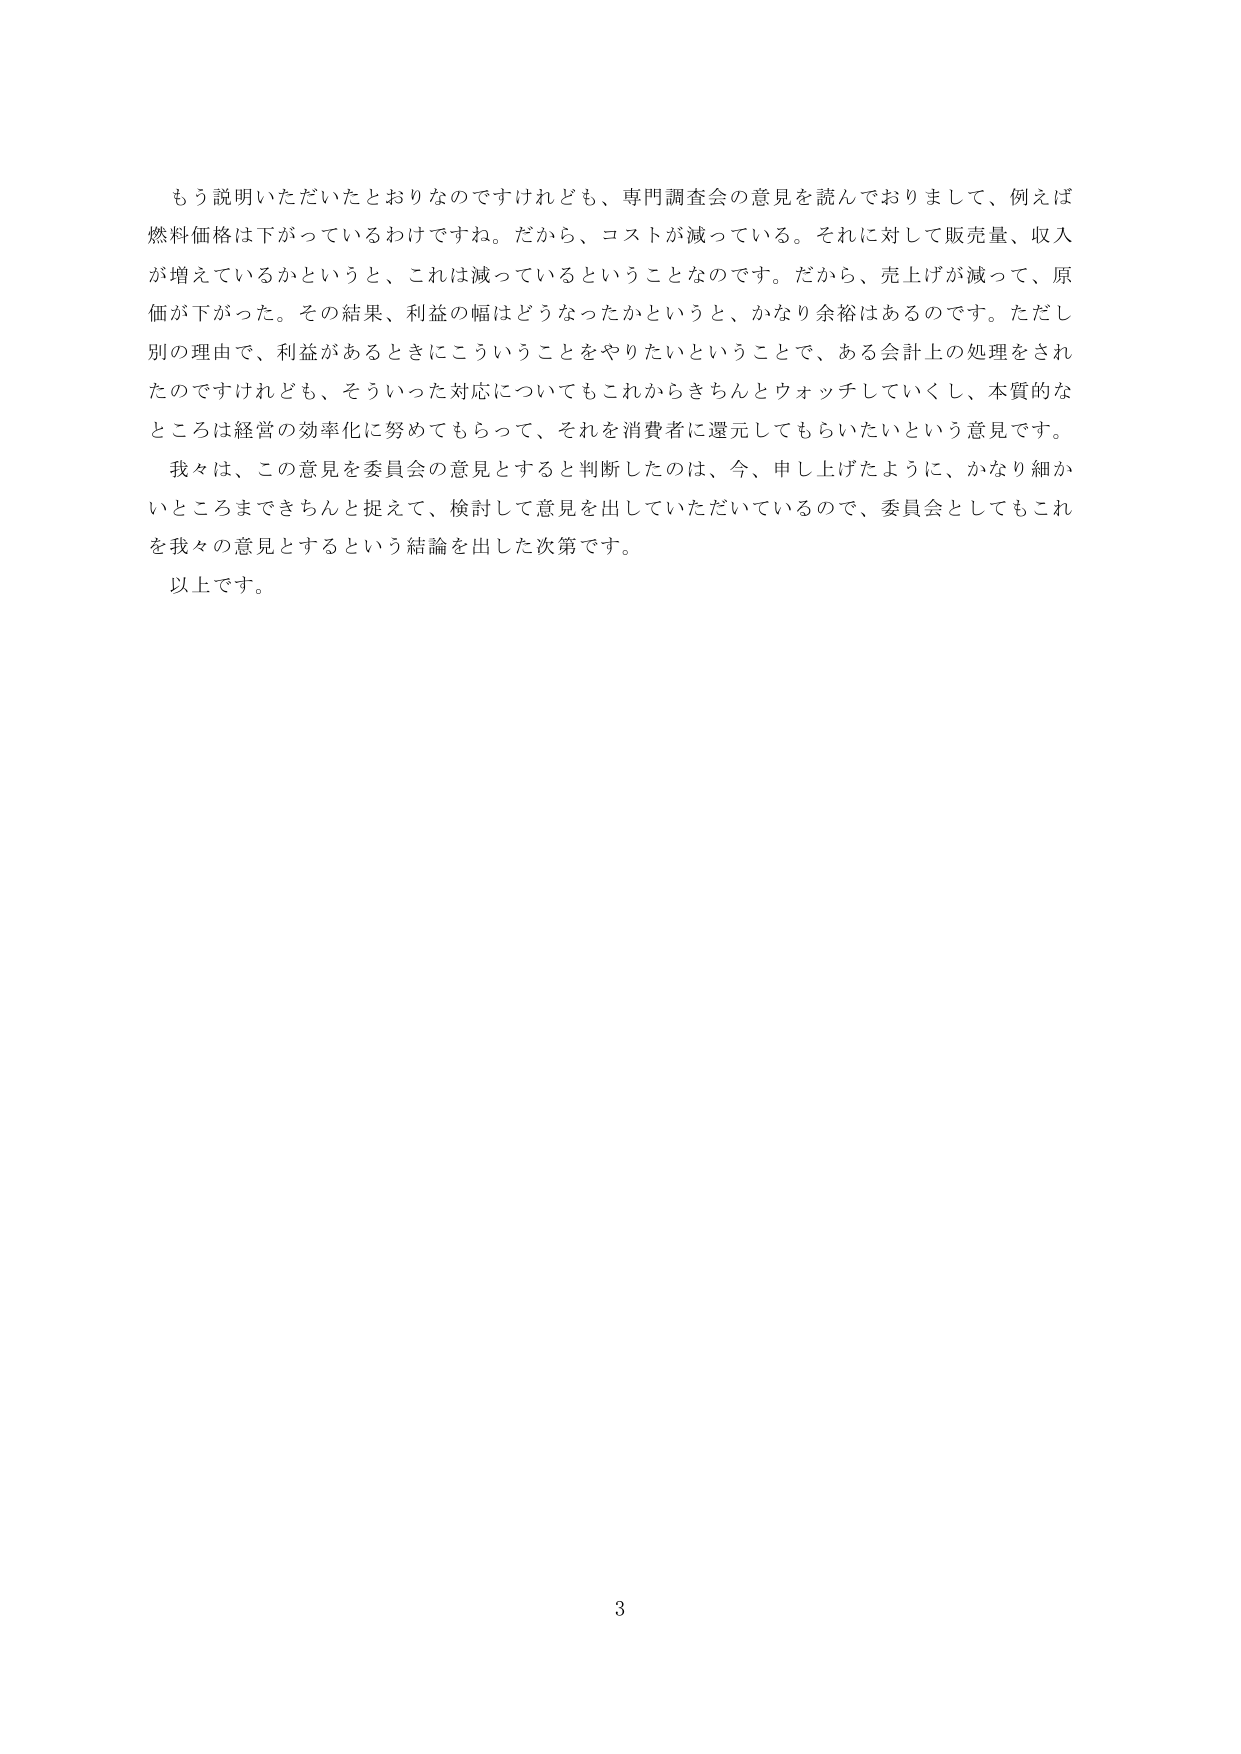
もう説明いただいたとおりなのですけれども、専門調査会の意見を読んでおりまして、例えば
燃料価格は下がっているわけですな。だから、コストが減っている。それに対して販売量、収入
が増えているかというと、これは減っているということなのです。だから、売上げが減って、原
価が下がった。その結果、利益の幅はどうなったかというと、かなり余裕はあるのです。ただし
別の理由で、利益があるときにこういうことをやりたいということで、ある会計上の処理をされ
たのですけれども、そういった対応についてもこれからきちんとウォッチしていくし、本質的な
ところは経営の効率化に努めてもらって、それを消費者に還元してもらいたいという意見です。
我々は、この意見を委員会の意見とすると判断したのは、今、申し上げたように、かなり細か
いところまできちんと捉えて、検討して意見を出していただいているので、委員会としてもこれ
を我々の意見とするという結論を出した次第です。
以上です。
3